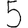
Digit: 5